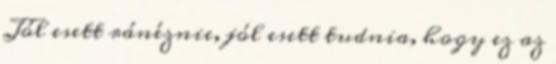
Jól esett ránéznie, jól esett tudnia, hogy ez az